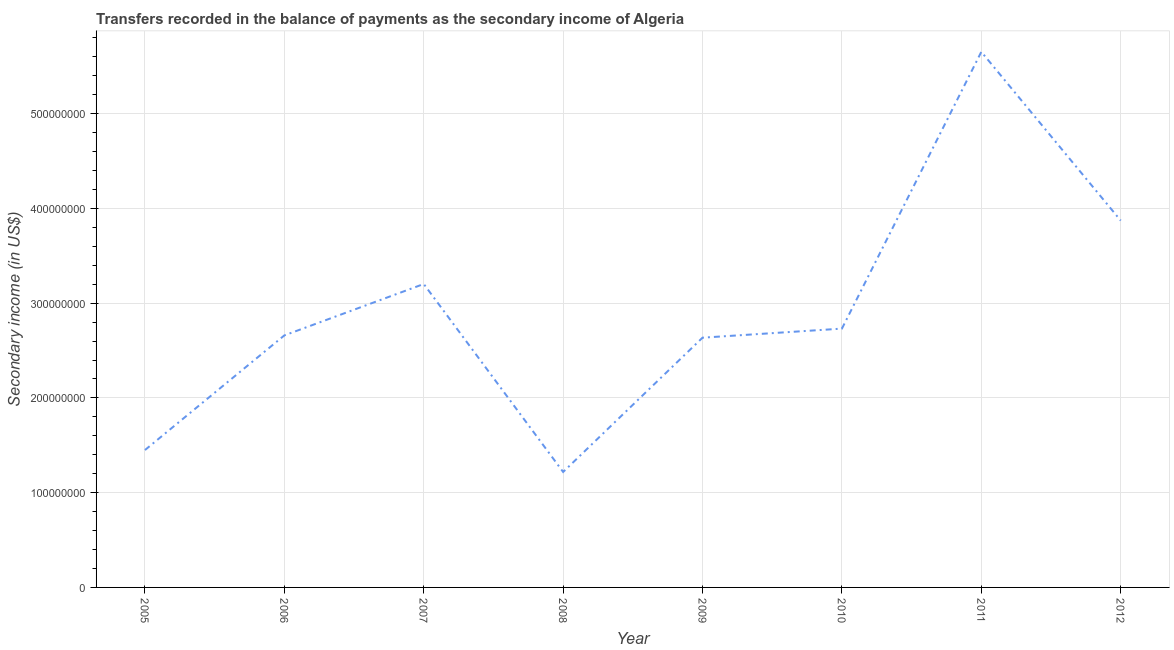
| Year | Secondary income |
 | --- | --- |
 | 2005 | 1.45e+08 |
 | 2006 | 2.66e+08 |
 | 2007 | 3.2e+08 |
 | 2008 | 1.22e+08 |
 | 2009 | 2.64e+08 |
 | 2010 | 2.73e+08 |
 | 2011 | 5.65e+08 |
 | 2012 | 3.87e+08 |